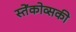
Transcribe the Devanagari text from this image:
स्तेंकोव्सकी